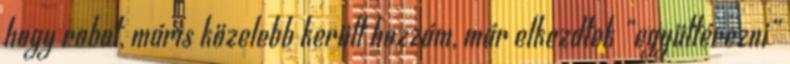
hogy robot, máris közelebb került hozzám, már elkezdtek “együttérezni”